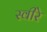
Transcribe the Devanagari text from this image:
स्वीरे